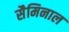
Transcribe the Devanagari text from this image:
सैमिनाल